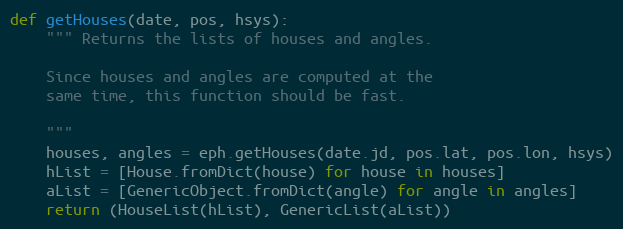
Language: Python
def getHouses(date, pos, hsys):
    """ Returns the lists of houses and angles.

    Since houses and angles are computed at the
    same time, this function should be fast.

    """
    houses, angles = eph.getHouses(date.jd, pos.lat, pos.lon, hsys)
    hList = [House.fromDict(house) for house in houses]
    aList = [GenericObject.fromDict(angle) for angle in angles]
    return (HouseList(hList), GenericList(aList))